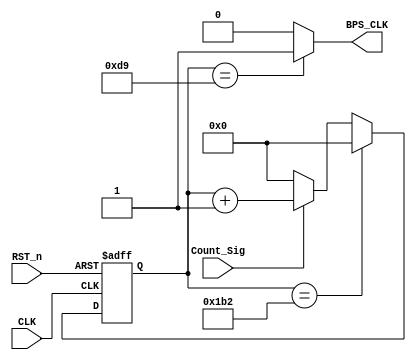
`timescale 1ns / 1ps
//////////////////////////////////////////////////////////////////////////////////
// Company: 
// Engineer: 
// 
// Design Name: 
// Module Name:    rx_bps_module 
// Project Name: 
// Target Devices: 
// Tool versions: 
// Description: 
//
// Dependencies: 
//
// Revision: 
// Revision 0.01 - File Created
// Additional Comments: 
//
//////////////////////////////////////////////////////////////////////////////////
module rx_bps_module
#(parameter BPS = 13'd434)
(
    CLK,
    RST_n,
    Count_Sig,
    BPS_CLK
);
    
    input CLK;
    input RST_n;
    input Count_Sig;
    output BPS_CLK;
    
    /*
     * bps = 9600
     * => 1/9600 s/bit
     * 50MHz => N = 1/9600 * 50M = parameter BPS = 13'd434 (bit == )
     * bit 5208/2 = 2604
     *
     * bps = 115200 => N= 434
     */
    
    reg [12:0] Count_BPS;
    
    always @(posedge CLK or negedge RST_n) begin
        if (!RST_n)
            Count_BPS <= 13'd0;
        else if (Count_BPS == BPS)
            Count_BPS <= 13'd0;
        else if (Count_Sig)
            Count_BPS <= Count_BPS + 1'b1;
        else
            Count_BPS <= 13'd0;
    end

    //  
    assign BPS_CLK = (Count_BPS == (BPS>>1)) ? 1'b1 : 1'b0;

endmodule